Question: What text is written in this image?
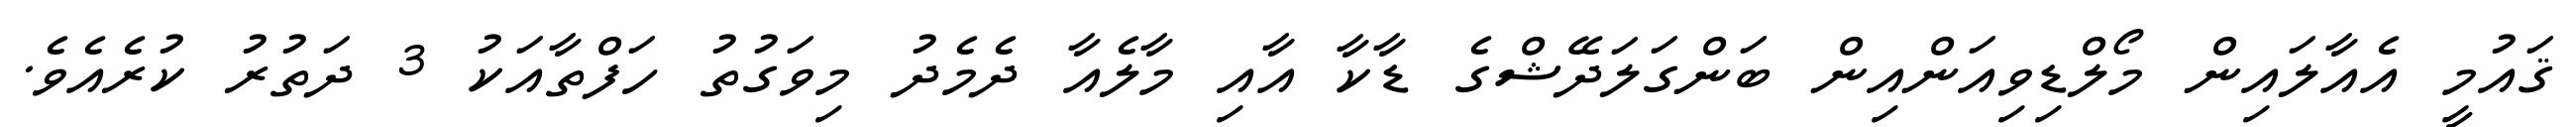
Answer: ޤައުމީ އެއާލައިން މޯލްޑިވިއަންއިން ބަންގަލަދޭޝްގެ ޑާކާ އާއި މާލެއާ ދެމެދު މިވަގުތު ހަފްތާއަކު 3 ދަތުރު ކުރެއެވެ.